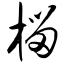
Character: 榴